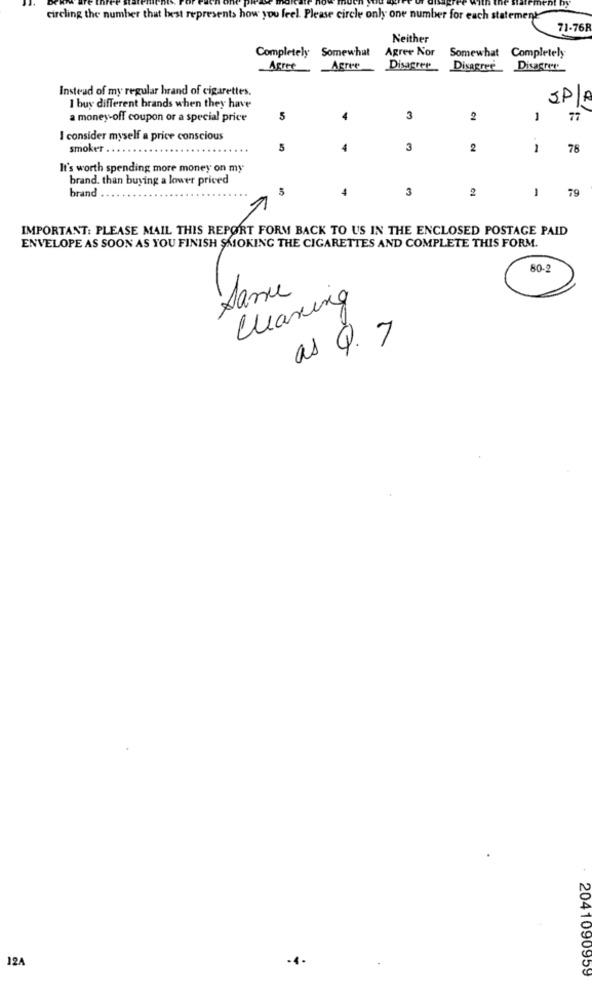
circling the number that best represents how you feel. Please circle only one number for each statement
71-76R
Neither
Agree Nor
Somewhat Completely
Completely Somewhat
Agree
Disagree
Disagree_ Disagree
Instead of my regular hrand of cigarettes.
SP/R
I buy different brands when they have
a money-off coupon or a special price
5
3
2
-
77
I consider myself a price conscious
smoker.
5
4
3
2
1
78
It's worth spending more money on my
brand. than buying a lower priced
brand
4
3
2
1
IMPORTANT: PLEASE MAIL THIS REPORT FORM BACK TO US IN THE ENCLOSED POSTAGE PAID
ENVELOPE AS SOON AS YOU FINISH SMOKING THE CIGARETTES AND COMPLETE THIS FORM.
80-2
Samu
Clearing
as Q. 7
12A
2041090959